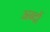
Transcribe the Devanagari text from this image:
अब्दों